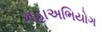
મહાઅભિયોગ